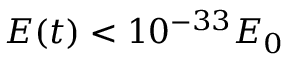
E ( t ) < 1 0 ^ { - 3 3 } E _ { 0 }